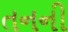
તનની